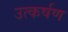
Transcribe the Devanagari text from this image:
उत्कर्षण